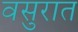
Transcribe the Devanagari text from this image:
वसुरात